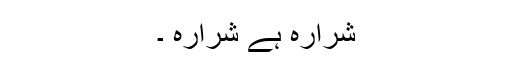
شرارہ ہے شرارہ ۔